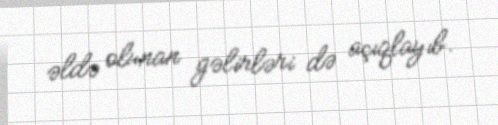
əldə olunan gəlirləri də açıqlayıb.